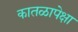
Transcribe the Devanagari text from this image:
कातळापेक्षा